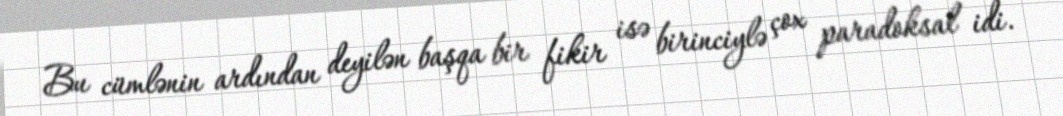
Bu cümlənin ardından deyilən başqa bir fikir isə birinciylə çox paradoksal idi.